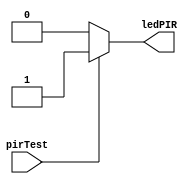
module pirSens(
	input wire pirTest,
	output reg ledPIR
	);

	always @* begin
		if (pirTest) begin
			ledPIR = 1;
		end		
		else begin
			ledPIR = 0;
		end
	end
endmodule